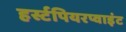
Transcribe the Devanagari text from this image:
हर्स्टपियरप्वाइंट